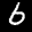
Label: 6